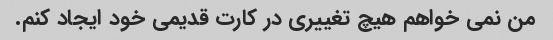
من نمی خواهم هیچ تغییری در کارت قدیمی خود ایجاد کنم.